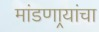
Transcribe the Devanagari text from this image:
मांडणार्‍यांचा